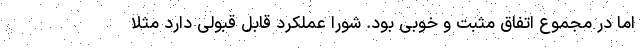
اما در مجموع اتفاق مثبت و خوبی بود. شورا عملکرد قابل قبولی دارد مثلا